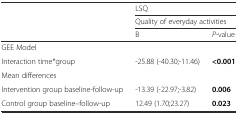
|  | <COLSPAN=2> LSQ |
 |  | <COLSPAN=2> Quality of everyday activities |
 |  | B | P-value |
 | --- | --- | --- |
 | GEE Model |  |  |
 | Interaction time*group | -25.88 (-40.30;-11.46) | <0.001 |
 | Mean differences |  |  |
 | Intervention group baseline-follow-up | -13.39 (-22.97;-3.82) | 0.006 |
 | Control group baseline–follow-up | 12.49 (1.70;23.27) | 0.023 |